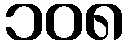
၁၀၈